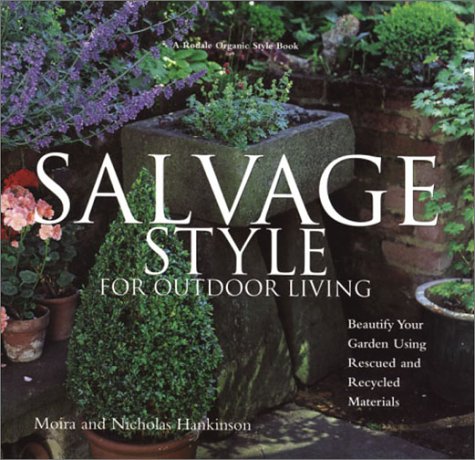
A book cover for Salvage Style for Outdoor Living: Beautify Your Yard and Garden with Rescued and Recycled Materials; Moira Hankinson; Crafts, Hobbies & Home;